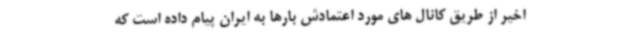
اخیر از طریق کانال های مورد اعتمادش بارها به ایران پیام داده است که